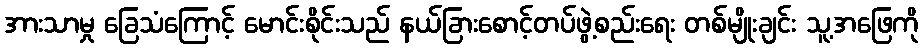
အားသာမှု ခြေသံကြောင့် မောင်းစိုင်းသည် နယ်ခြားစောင့်တပ်ဖွဲ့စည်းရေး တစ်မျိုးချင်း သူ့အဖြေကို